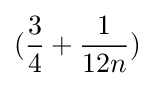
({\frac {3}{4}}+{\frac {1}{12n}})